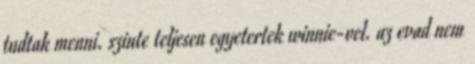
tudtak menni. szinte teljesen egyetertek winnie-vel. az evad nem